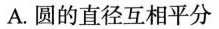
A. 圆的直径互相平分